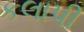
કલાપી